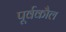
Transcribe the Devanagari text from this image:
पूर्वकौल